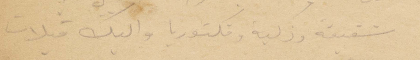
شفيقة وزكية وفكتوريا واليك قبلات